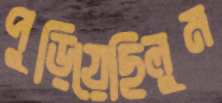
পুড়িয়েছিলুম